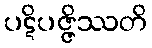
ပဋိပဇ္ဇိဿတိ